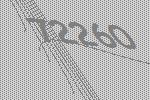
72260